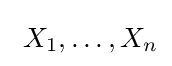
\ X_{1},\dots ,X_{n}